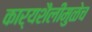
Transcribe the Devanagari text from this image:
कार्यशैलीमुळेच